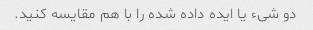
دو شیء یا ایده داده شده را با هم مقایسه کنید.